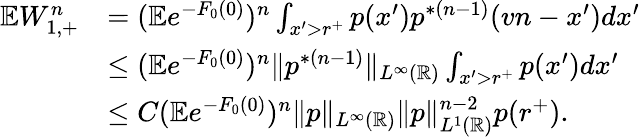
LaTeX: \begin{array}{rl}{\mathbb{E}W_{1,+}^{n}}&{=(\mathbb{E}e^{-F_{0}(0)})^{n}\int_{x^{\prime}>r^{+}}p(x^{\prime})p^{\ast(n-1)}(vn-x^{\prime})dx^{\prime}}\\ &{\le(\mathbb{E}e^{-F_{0}(0)})^{n}\| p^{\ast(n-1)}\| _{L^{\infty}(\mathbb{R})}\int_{x^{\prime}>r^{+}}p(x^{\prime})dx^{\prime}}\\ &{\le C(\mathbb{E}e^{-F_{0}(0)})^{n}\| p\| _{L^{\infty}(\mathbb{R})}\| p\| _{L^{1}(\mathbb{R})}^{n-2}p(r^{+}).}\end{array}